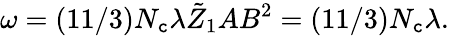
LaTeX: \omega=(11/3)N_{\mathtt{c}}\lambda\tilde{{Z}}_{1}AB^{2}=(11/3)N_{\mathtt{c}}\lambda.